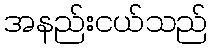
အနည်းငယ်သည်